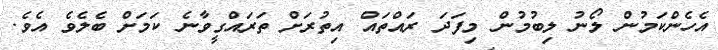
އެހެންކަމުން ލޯނު ލިބުމުން މިފަދަ ރައްތައް އިތުރަށް ތަރައްގީވާނެ ކަމަށް ބެލެވެ އެވެ.